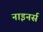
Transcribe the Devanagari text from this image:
नाइनर्स